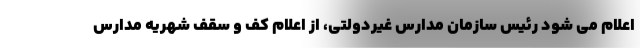
اعلام می شود رئیس سازمان مدارس غیردولتی، از اعلام کف و سقف شهریه مدارس